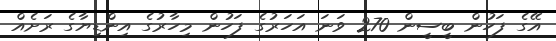
އޭގެ ފަހުން ބީސީން 270 ވަނަ އަހަރުގެ ފަހުން މިހާރުގެ އިންޑިޔާގެ ރަށެއް